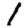
Digit: 1